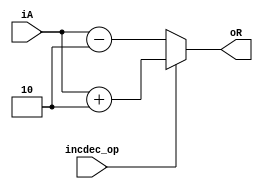
`timescale 10ns/1ns
module incdec2(incdec_op, iA, oR);

parameter DATASIZE = 8;
input incdec_op;
input [DATASIZE-1:0] iA;
output [DATASIZE-1:0] oR;

assign oR = (incdec_op) ? (iA+2'b10) : (iA-2'b10);

endmodule